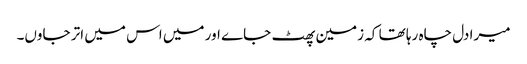
میرا دل چاہ رہا تھا کہ زمین پھٹ جاے اور میں اس میں اتر جاوں۔